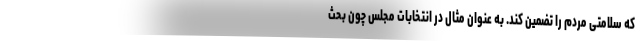
که سلامتی مردم را تضمین کند. به عنوان مثال در انتخابات مجلس چون بحث